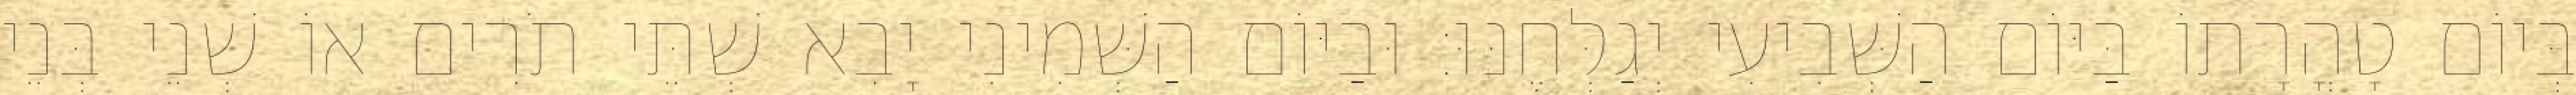
בְּיוֹם טָהֳרָתוֹ בַּיּוֹם הַשְּׁבִיעִי יְגַלְּחֶנּוּ׃ וּבַיּוֹם הַשְּׁמִינִי יָבִא שְׁתֵּי תֹרִים אוֹ שְׁנֵי בְּנֵי